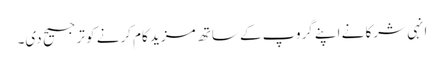
انہی شرکا نے اپنے گروپ کے ساتھ مزید کام کرنے کو ترجیح دی۔